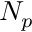
N _ { p }